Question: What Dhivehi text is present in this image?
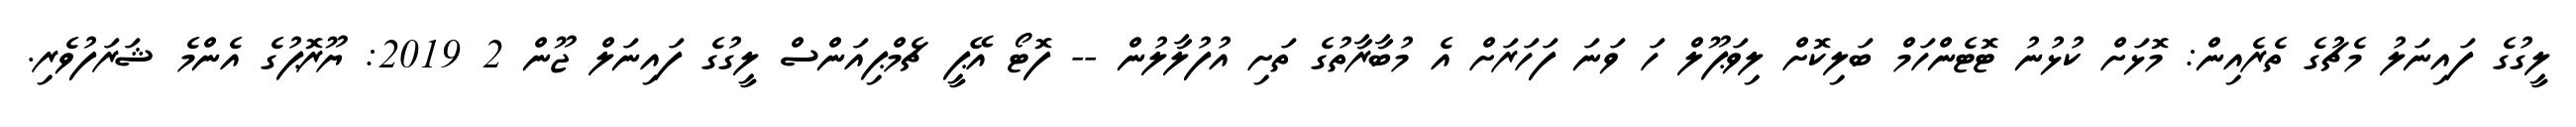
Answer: ލީގުގެ ފައިނަލު މެޗުގެ ތެރެއިން: މޮޅަށް ކުޅުނު ޓޮޓެންހަމް ބަލިކޮށް ލިވަޕޫލް ހަ ވަނަ ފަހަރަށް އެ މުބާރާތުގެ ތަށި އުފުލާލުން -- ފޮޓޯ އޭޕީ ޗެމްޕިއަންސް ލީގުގެ ފައިނަލް ޖޫން 2 2019: ޔޫރޮޕުގެ އެންމެ ޝަރަފުވެރި.